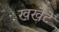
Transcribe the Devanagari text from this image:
खखेटे